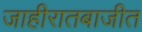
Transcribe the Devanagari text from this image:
जाहीरातबाजीत